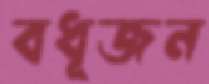
বধূজন